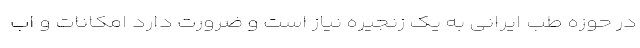
در حوزه طب ایرانی به یک زنجیره نیاز است و ضرورت دارد امکانات و اب